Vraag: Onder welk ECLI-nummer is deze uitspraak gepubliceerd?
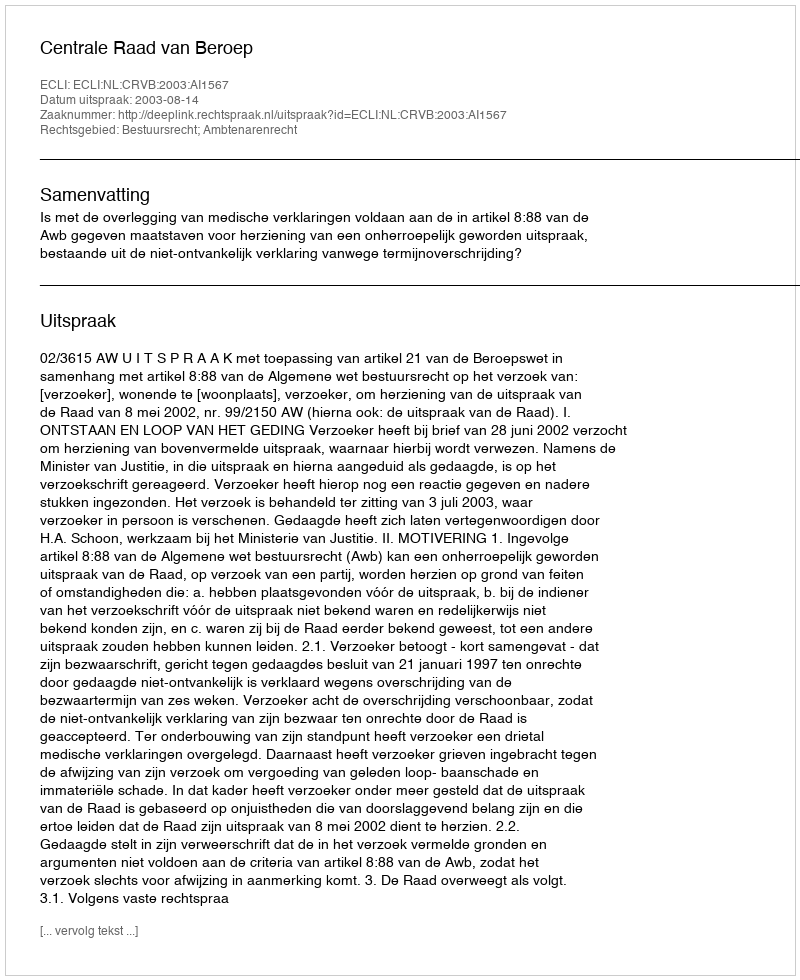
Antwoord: ECLI:NL:CRVB:2003:AI1567